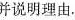
并说明理由.